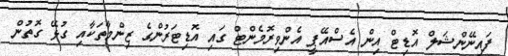
ފައިނޭންޝަލް އޮޑިޓް އިން އެސްއޭޕީ އެންވިރޮމެންޓް ގައި އޮޑިޓަރުންގެ ޒިންމާތަކާއި ގުޅޭ ގޮތުން